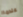
عندما